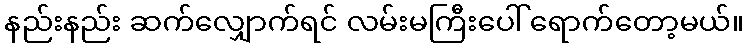
နည်းနည်း ဆက်လျှောက်ရင် လမ်းမကြီးပေါ် ရောက်တော့မယ်။